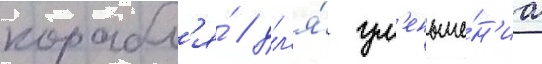
корабл'я́ / дл'я́ ум'еньше́н'иа